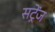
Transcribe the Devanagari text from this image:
सट्रेंज